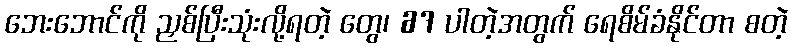
ဘေးဘောင်ကို ညှစ်ပြီးသုံးလို့ရတဲ့ တွေ၊ 67 ပါတဲ့အတွက် ရေစိမ်ခံနိုင်တာ စတဲ့